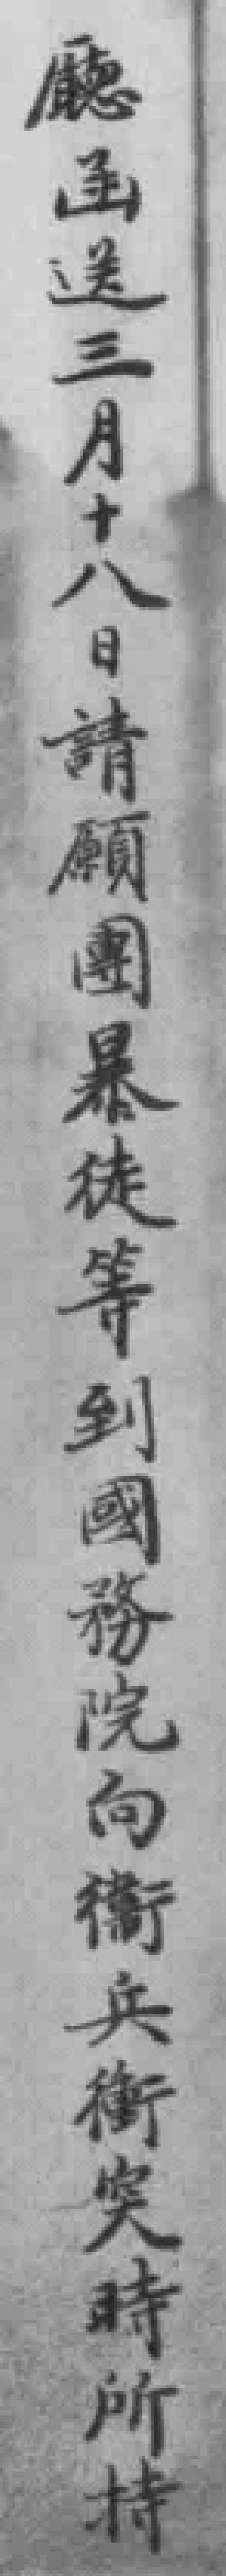
廳函送三月十八日請願團暴徒等到國務院向衛兵衝突時所持